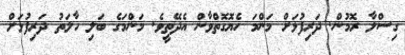
ގިސްލާ ރޮމުން. ދަރިފުޅަށް މަންމަ ހެޔޮގޮތްވާން އެދޭތީވެ. މަންމަގެ ބަލި ހާލަތު ދަރިފުޅަށް